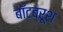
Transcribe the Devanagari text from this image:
बॉटब्रूश